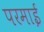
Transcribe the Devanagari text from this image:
परमाई